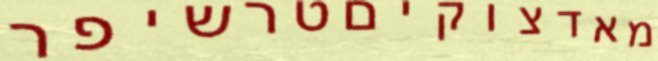
מאדצוקיםטרשיפר